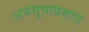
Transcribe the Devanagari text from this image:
अनसूयाप्रसाद